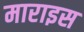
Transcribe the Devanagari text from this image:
माराइस